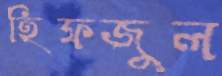
হিফজুল